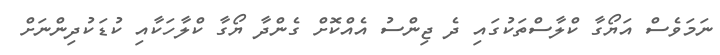
ނަމަވެސް އަޔޯގާ ކްލާސްތަކުގައި ދެ ޖިންސު އެއްކޮށް ގެންދާ ޔޯގާ ކްލާހަކާއި ކުޑަކުދިންނަށް